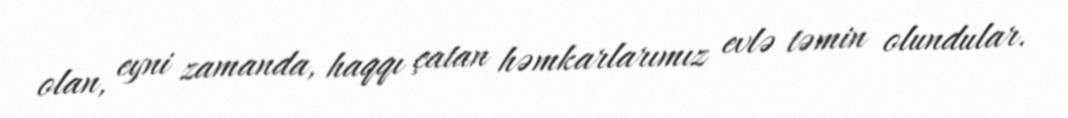
olan, eyni zamanda, haqqı çatan həmkarlarımız evlə təmin olundular.